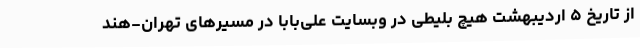
از تاریخ ۵ اردیبهشت هیچ بلیطی در وبسایت علی‌بابا در مسیرهای تهران-هند